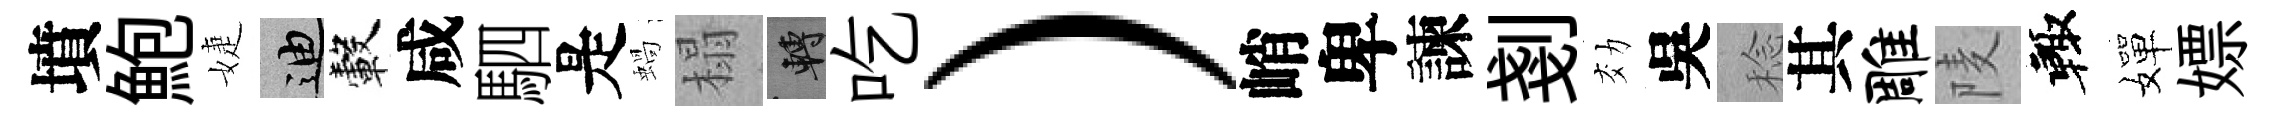
墳鮑婕迪轂咸駟是蝸榻轉吃）峭卑諫剗効吳稔其雕𨹧輙嬋嫖